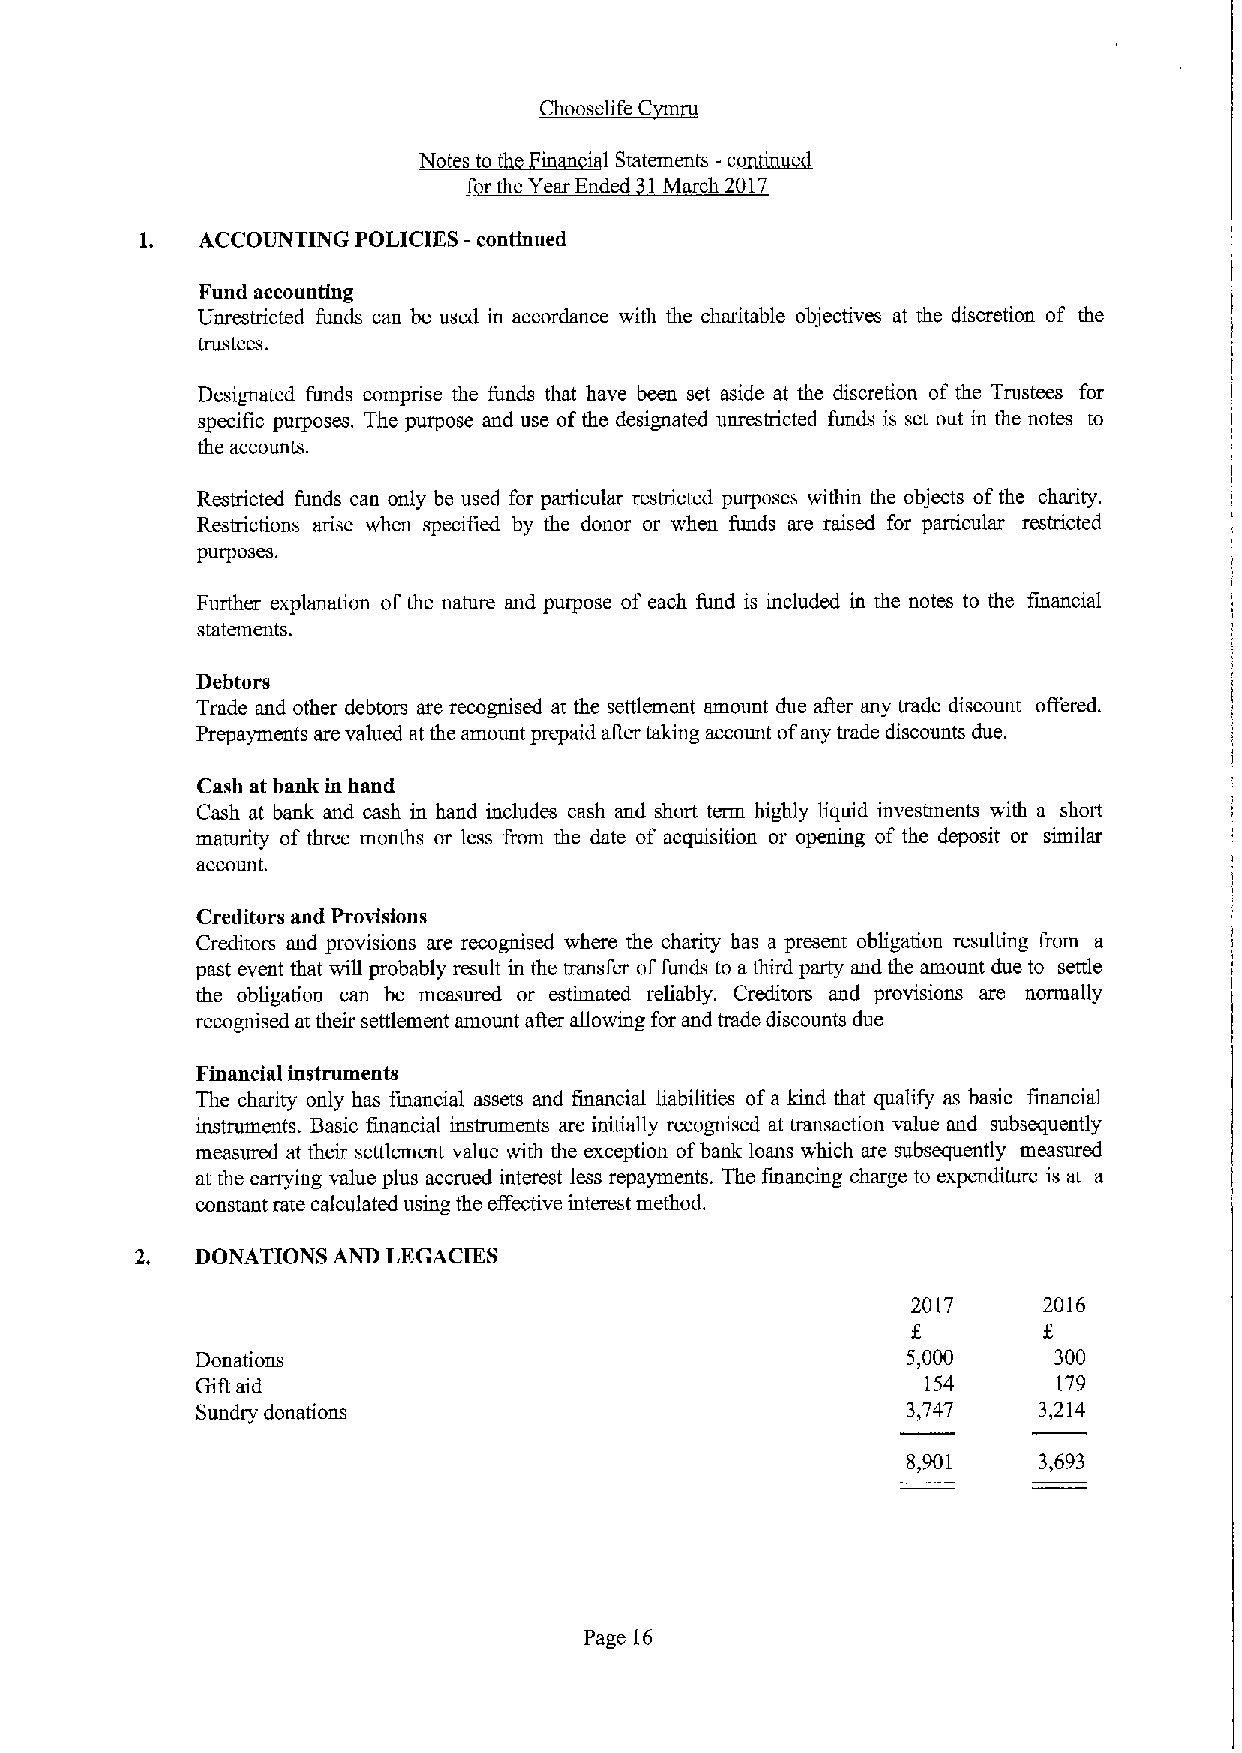
1if C
 ~Cl
 Notes to t ' i 1Statements -c
 f rthe Year Ended 1 March 2017
 1.  ACCOUNTING POLICIES -continued
 Fund accounting
 Unrestricted funds can be used in accordance with the charitable objectives at the discretion of the
 trustees.
 Designated funds comprise the funds that have been set aside at the discretion of the Trustees for
 specific purposes. The purpose and use ofthe designated unrestricted funds is set out in the notes to
 the accounts.
 Restricted funds can only be used for particular restricted purposes within the objects ofthe charity.
 Restrictions arise when specified by the donor or when funds are raised for particular reshicted
 purposes.
 Further explanation of the nature and purpose of each fund is included in the notes to the financial
 statements.
 Debtors
 Trade and other debtors are recognised at the settlement amount due after any trade discount of'ared.
 Prepayments are valued at the amount prepaid after taking account ofany trade discounts due.
 Cash at bank in hand
 Cash at bank and cash in hand includes cash and short term highly liquid investments with a short
 maturity of three months or less from the date of acquisition or opening of the deposit or similar
 account.
 Creditors and Provisions
 Creditors and provisions are recognised where the charity has a present obligation resulting &om a
 past event that will probably result in the transfer offunds to athird party and the amount due to settle
 the obligation can be measured or estimated reliably. Creditors and provisions are normally
 recognised at their settlement amount after allowing for and trade discounts due
 Financial instruments
 The charity only has financial assets and financial liabilities ofa kind that qualify as basic financial
 instruments. Basic financial instruments are initially recognised at transaction value and subsequently
 measured at their settlement value with the exception ofbank loans which are subsequently meauired
 at the carrying value plus accrued interest less repayments. The financing charge to expenditure is at a
 constant rate calculated using the effecfive interest method.
 DONATIONS AND LEGACIES
 2017     2016
 Donations                                      5,000     300
 Gift aid                                        154      179
 Sundry donations                               3,747    3,214
 8,901    3,693
 Page 16